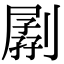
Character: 𠟉